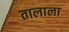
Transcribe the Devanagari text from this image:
तालाला